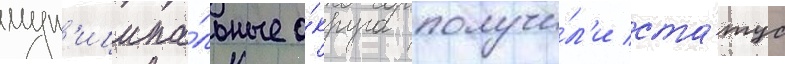
мун'иципа́льные о́круга получи́л'и ста́тус